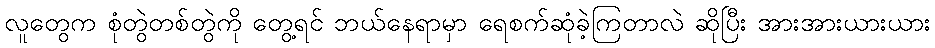
လူတွေက စုံတွဲတစ်တွဲကို တွေ့ရင် ဘယ်နေရာမှာ ရေစက်ဆုံခဲ့ကြတာလဲ ဆိုပြီး အားအားယားယား